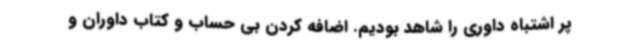
پر اشتباه داوری را شاهد بودیم. اضافه کردن بی حساب و کتاب داوران و